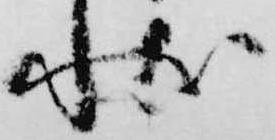
状